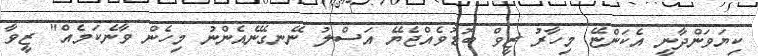
ކިޔަވަންދާނީ އެކަންޏޭ މިހާރު ޒީވް ބޮޑުވެއްޖެޔޭ އަސްލު ނޭނގޭނެއެންނު މިހެން ވާނެކަމެއް" ޒީވާ